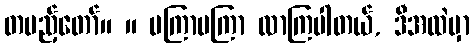
တပည့်တော်။ ။ မကြာမကြာ လာကြပါတယ်, ဒီအထဲမှာ